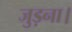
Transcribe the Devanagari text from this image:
जुड़ना।